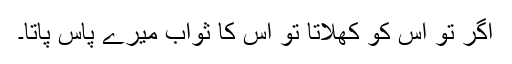
اگر تو اس کو کھلاتا تو اس کا ثواب میرے پاس پاتا۔